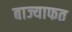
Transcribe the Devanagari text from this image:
बाज्याफत